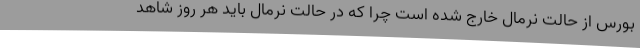
بورس از حالت نرمال خارج شده است چرا که در حالت نرمال باید هر روز شاهد